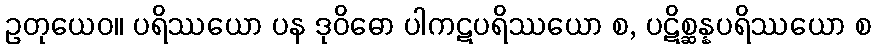
ဥတုယေဝ။ ပရိဿယော ပန ဒုဝိဓော ပါကဋပရိဿယော စ, ပဋိစ္ဆန္နပရိဿယော စ